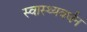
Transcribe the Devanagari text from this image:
स्वास्थ्यवर्धन